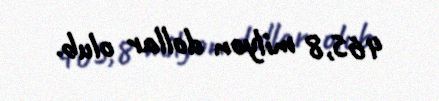
465,8 milyon dollar olub.